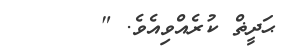
ޙަދީޡް ކުރެއްވިއެވެ. "